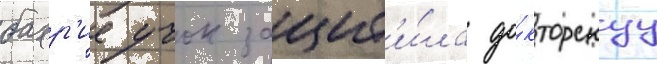
бахр'ие учок защит'и́ла до́кторскуу